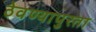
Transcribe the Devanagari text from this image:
ठेवण्यापुरता